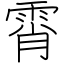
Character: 霄